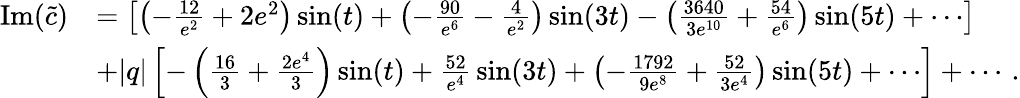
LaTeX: \begin{array}{rl}{\mathrm{Im}(\widetilde{c})}&{=\left[\left(-{\frac{12}{e^{2}}}+2e^{2}\right)\sin(t)+\left(-{\frac{90}{e^{6}}}-{\frac{4}{e^{2}}}\right)\sin(3t)-\left({\frac{3640}{3e^{10}}}+{\frac{54}{e^{6}}}\right)\sin(5t)+\cdots\right]}\\ &{+|q|\left[-\left({\frac{16}{3}}+{\frac{2e^{4}}{3}}\right)\sin(t)+{\frac{52}{e^{4}}}\sin(3t)+\left(-{\frac{1792}{9e^{8}}}+{\frac{52}{3e^{4}}}\right)\sin(5t)+\cdots\right]+\cdots\, .}\end{array}